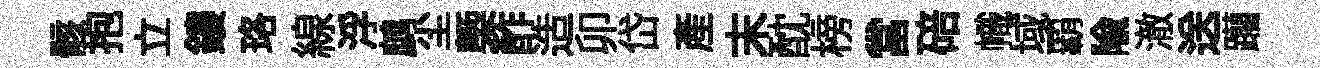
骸抱立鏤珞線浮鹧尘槩酢造卯岱產末酖榜當碚幟域覇隃澈送躪